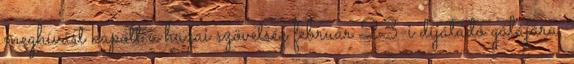
meghívást kapott a hazai szövetség február 23-i díjátadó gálájára,